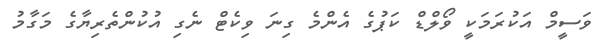
ވަސީމް އަކުރަމަކީ ވޯލްޑް ކަޕުގެ އެންމެ ގިނަ ވިކެޓް ނެގި އުކުންތެރިޔާގެ މަގާމު